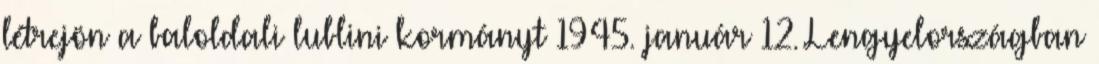
létrejön a baloldali lublini kormányt 1945. január 12. Lengyelországban